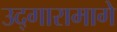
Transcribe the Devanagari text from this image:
उद्गारामागे